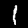
Digit: 1